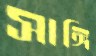
সাঙ্গি